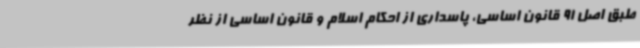
طبق اصل 91 قانون اساسی، پاسداری از احکام اسلام و قانون اساسی از نظر